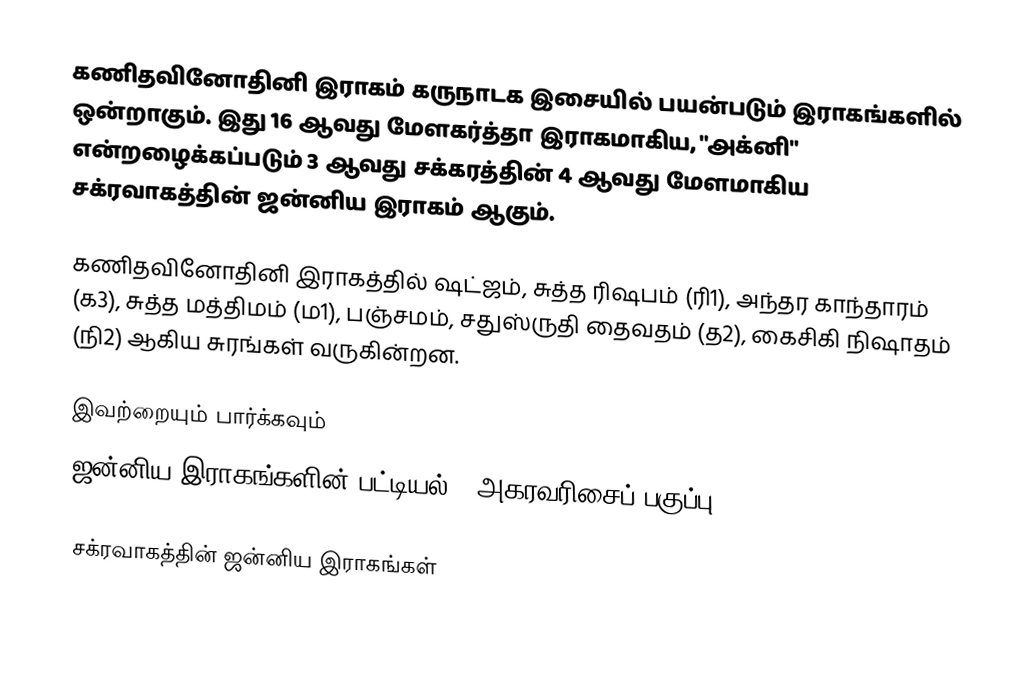
கணிதவினோதினி இராகம் கருநாடக இசையில் பயன்படும் இராகங்களில் ஒன்றாகும். இது 16 ஆவது மேளகர்த்தா இராகமாகிய, "அக்னி" என்றழைக்கப்படும் 3 ஆவது சக்கரத்தின் 4 ஆவது மேளமாகிய சக்ரவாகத்தின் ஜன்னிய இராகம் ஆகும்.

கணிதவினோதினி இராகத்தில் ஷட்ஜம், சுத்த ரிஷபம் (ரி1),  அந்தர காந்தாரம் (க3), சுத்த மத்திமம் (ம1), பஞ்சமம்,  சதுஸ்ருதி தைவதம் (த2), கைசிகி நிஷாதம்  (நி2) ஆகிய சுரங்கள் வருகின்றன.

இவற்றையும் பார்க்கவும்
 ஜன்னிய இராகங்களின் பட்டியல் - அகரவரிசைப் பகுப்பு

சக்ரவாகத்தின் ஜன்னிய இராகங்கள்